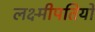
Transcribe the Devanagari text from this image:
लक्ष्मीपतियों